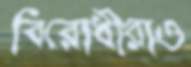
বিরোধীরাও